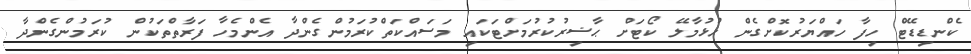
ކެންޑިޑޭޓް ހިފާ ހައްޔަރުކޮށްގެން ހުޅުމާލޭ ކޯޓަށް ޙާޟިރުކުރުމަށްޓަކައި މަސައްކަތްކުރަމުންގެންދާ އެންމެހާ ފަރާތްތަކުން ކުރަމުންގެންދާ